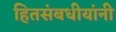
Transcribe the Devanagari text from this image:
हितसंबधीयांनी